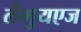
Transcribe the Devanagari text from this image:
लैंगुयएज